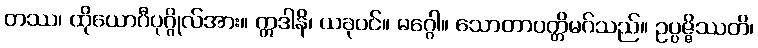
တဿ၊ ထိုယောဂီပုဂ္ဂိုလ်အား။ ဣဒါနိ၊ ယခုပင်။ မဂ္ဂေါ။ သောတာပတ္တိမဂ်သည်။ ဥပ္ပဇ္ဇိဿတိ၊